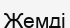
Жемді